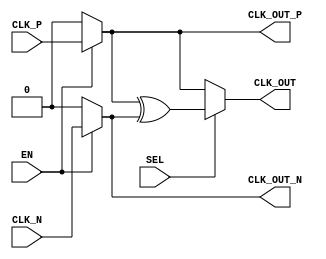
module differential_clock_buffer (
    input wire CLK_P,        // Positive differential clock input
    input wire CLK_N,        // Negative differential clock input
    input wire EN,           // Enable signal for the buffer operation
    input wire SEL,          // Select signal for clock source configuration (optional)
    output wire CLK_OUT_P,   // Positive output clock signal
    output wire CLK_OUT_N,   // Negative output clock signal
    output wire CLK_OUT       // Optional single-ended output clock signal
);

// Intermediate signals
wire clk_out_p_buf;
wire clk_out_n_buf;

// Buffer logic implementation
assign CLK_OUT_P = (EN) ? CLK_P : 1'b0;   // Output positive clock if enabled, otherwise low
assign CLK_OUT_N = (EN) ? CLK_N : 1'b0;   // Output negative clock if enabled, otherwise low

// Single-ended output logic based on SEL
assign CLK_OUT = (SEL) ? (CLK_OUT_P ^ CLK_OUT_N) : CLK_OUT_P; // XOR for differential to single-ended conversion or just CLK_OUT_P

// Here we might typically implement further logic for impedance matching, skew minimization, etc.
// This would typically be handled at the physical design/layout level and might not be represented in RTL.

// ESD protection and additional features should be handled at the I/O or in the physical implementation.

endmodule